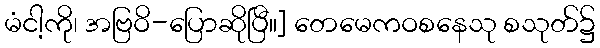
မံငါ့ကို၊ အဗြဝိ-ပြောဆိုပြီ။] တေမေကဝစနေသု စသုတ်၌